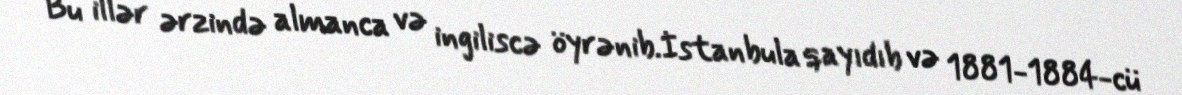
Bu illər ərzində almanca və ingiliscə öyrənib.İstanbula qayıdıb və 1881-1884-cü